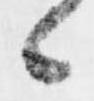
々